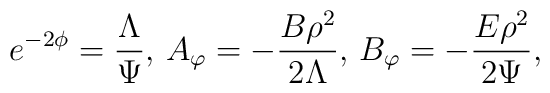
e^{-2\phi} = \frac{\Lambda}{\Psi},\, A_\varphi =-\frac{B\rho^2}{2\Lambda},\,B_\varphi = -\frac{E\rho^2}{2\Psi},